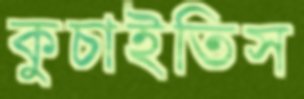
কুচাইতিস